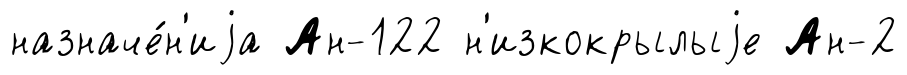
назначе́н'иjа Ан-122 н'изкокрылыjе Ан-2